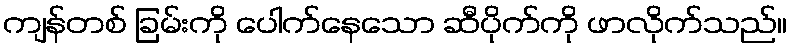
ကျန်တစ် ခြမ်းကို ပေါက်နေသော ဆီပိုက်ကို ဖာလိုက်သည်။